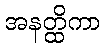
အနတ္ထိကာ